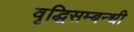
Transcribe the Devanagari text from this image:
वृद्धिसम्बन्धी